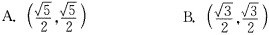
A. (\frac{\sqrt{5}}{2}, \frac{\sqrt{5}}{2}) B.(\frac{\sqrt{3}}{2}, \frac{\sqrt{3}}{2})